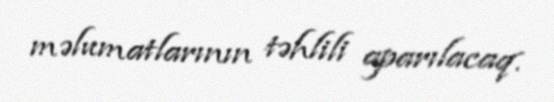
məlumatlarının təhlili aparılacaq.